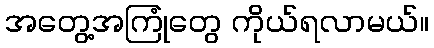
အတွေ့အကြုံတွေ ကိုယ်ရလာမယ်။